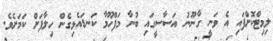
ލިމިޓްކޮށްފައި އެ ވަނީ ގާނޫނު އަސާސީގައި ބުނާ މަފްހޫމާ ކަނޑައެޅިގެން ހިލާފަށް ކަމަށެވެ.